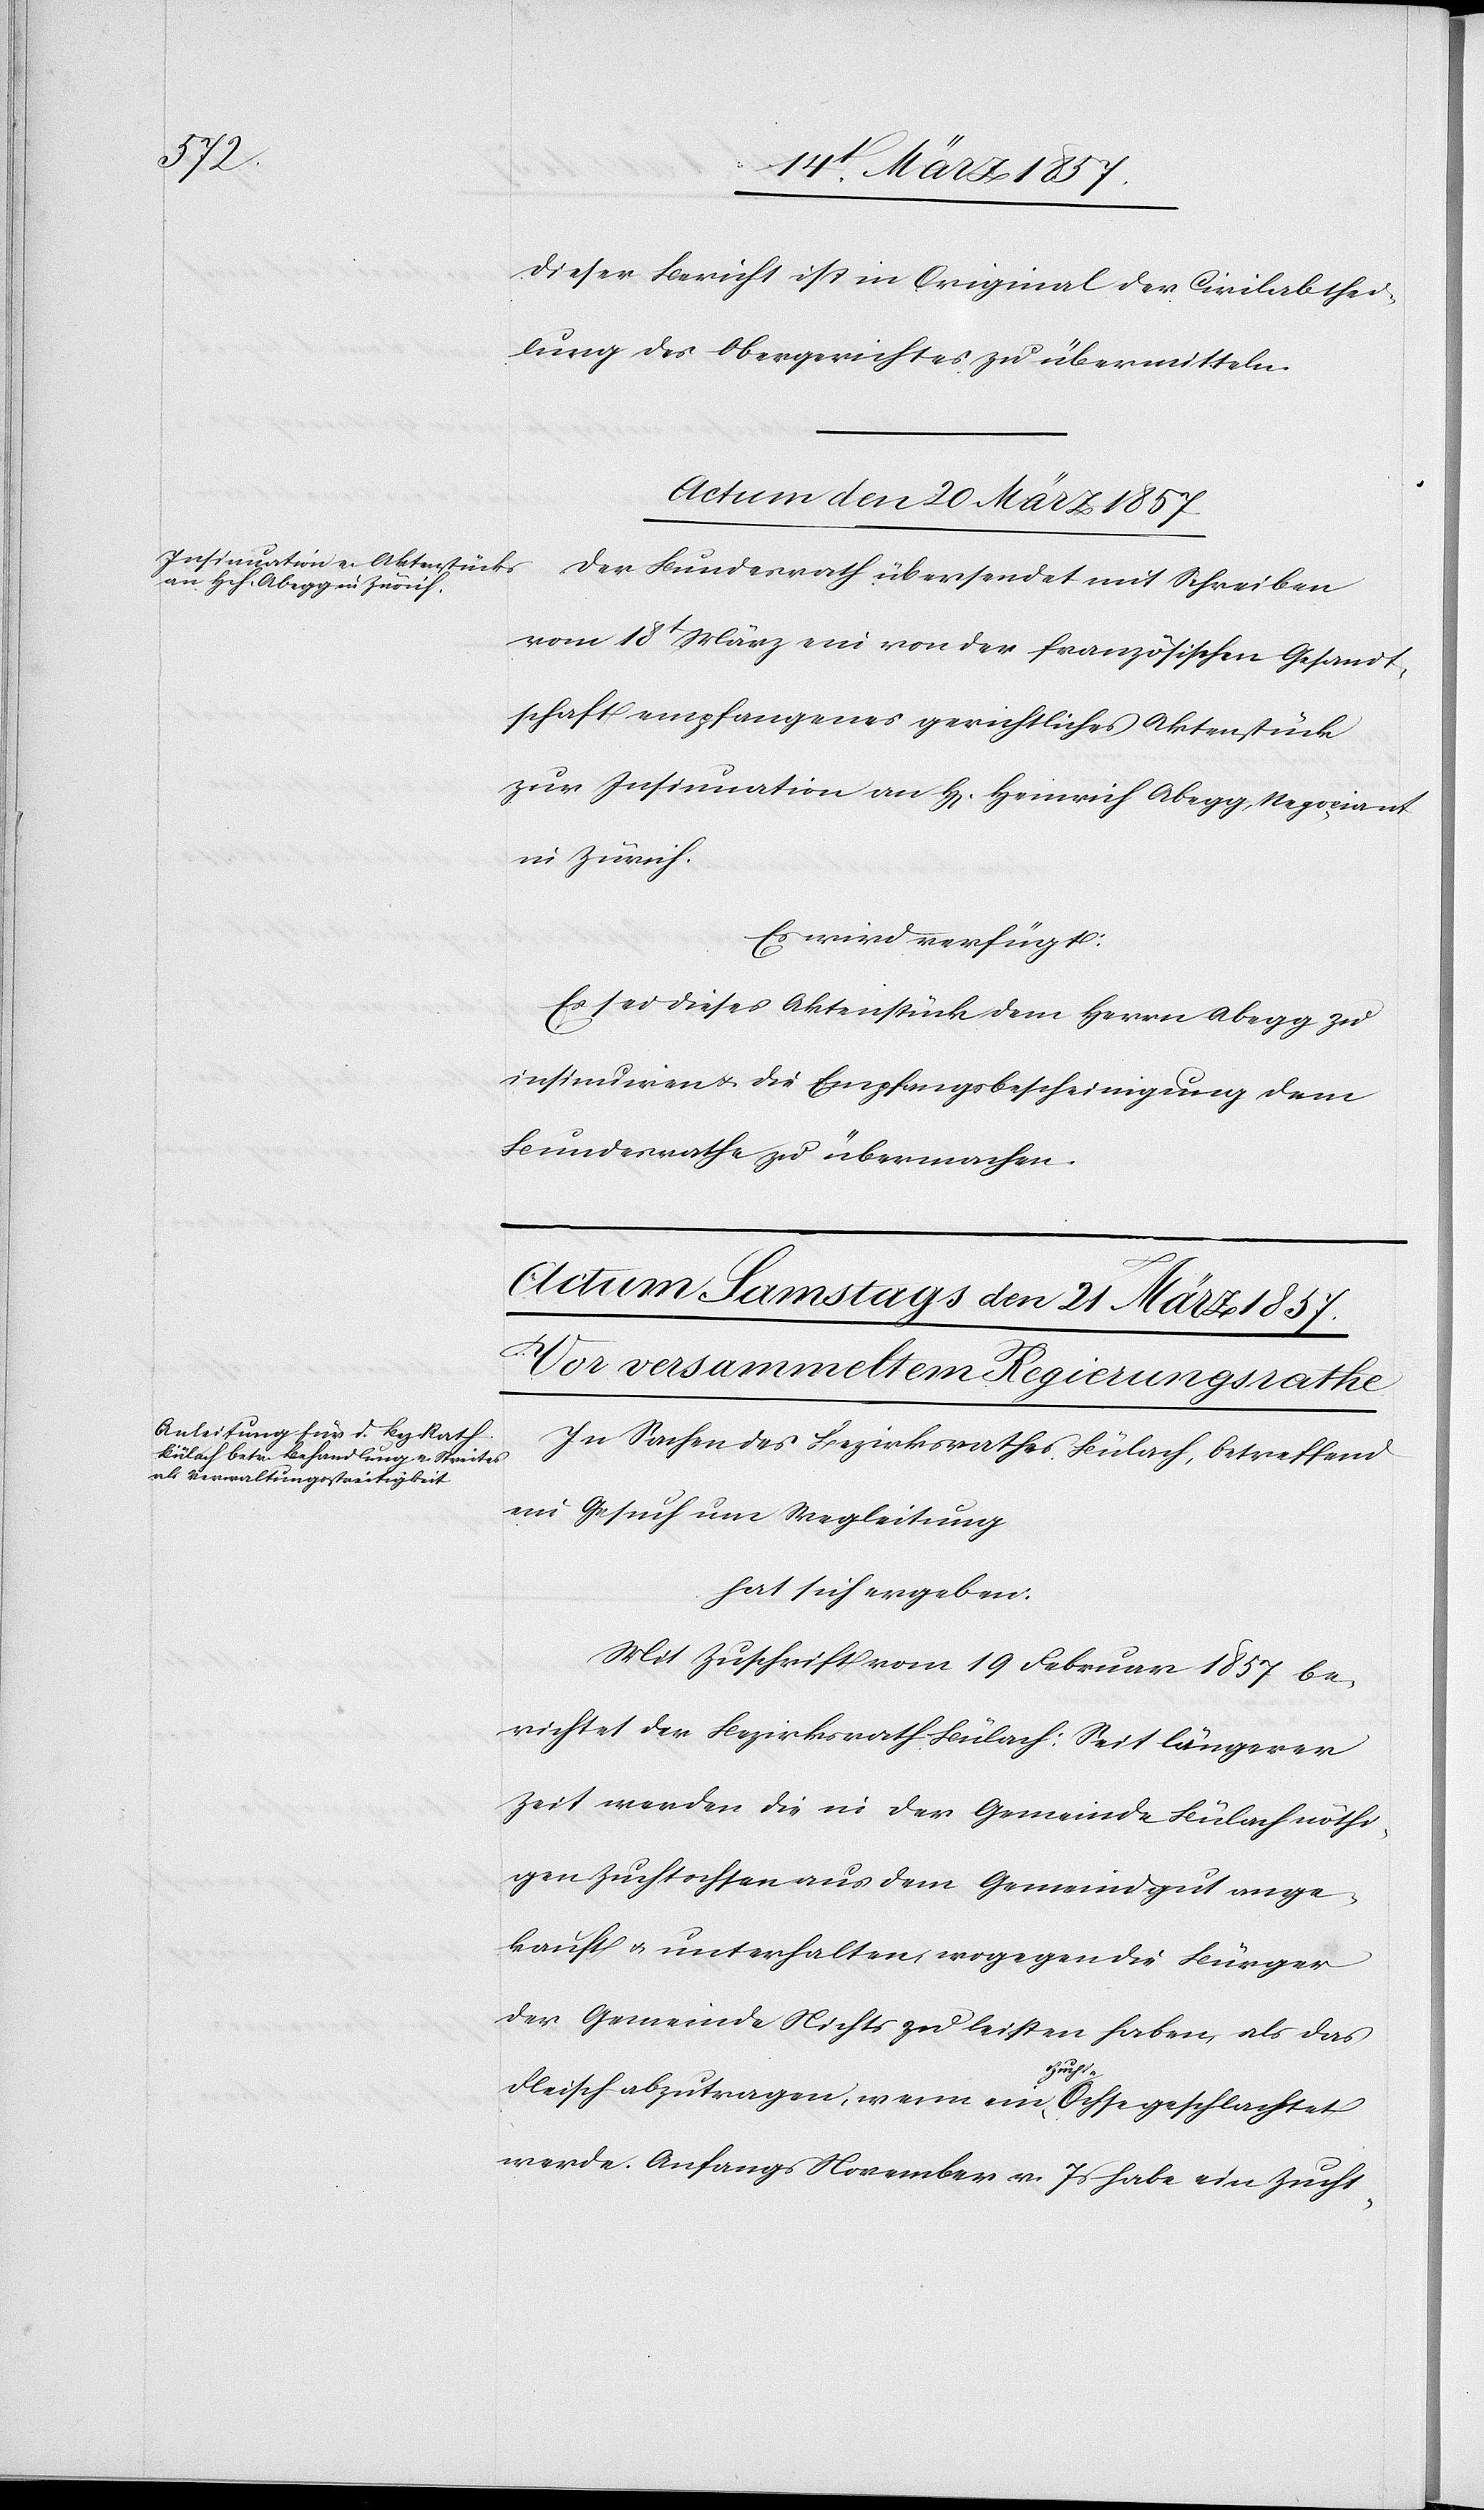
dieser Bericht ist in Original der Civilabthei¬
lung des Obergerichtes zu übermitteln.
Actum den 20 März 1857.
Der Bundesrath übersendet mit Schreiben
vom 18t März ein von der französischen Gesandt¬
schaft empfangenes gerichtliches Aktenstück
zur Insinuation an H[errn] Heinrich Abegg, Negociant
in Zürich.
Es wird verfügt:
Es sei dieses Aktenstück dem Herrn Abegg zu
insinuiren u. die Empfangsbescheinigung dem
Bundesrathe zu übermachen.
In Sachen des Bezirksrathes Bülach, betreffend
ein Gesuch um Wegleitung
hat sich ergeben:
Mit Zuschrift vom 19 Februar 1857 be¬
richtet der Bezirksrath Bülach: Seit längerer
Zeit werden die in der Gemeinde Bülach nöthi¬
gen Zuchtochsen aus dem Gemeindgut ange¬
kauft u. unterhalten, wogegen die Bürger
der Gemeinde Nichts zu leisten haben, als das
Fleisch abzutragen, wenn ein Zucht-Ochse geschlachtet
werde. Anfangs November v. Js habe ein Zucht-